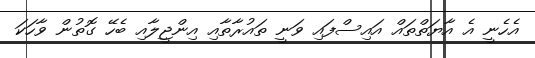
އެހެނީ އެ އާޔަތްތައް އައިސްފައި ވަނީ ތައުރާތާއި އިންޖީލާއި ބެހޭ ގޮތުން ވާހަކަ